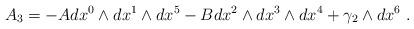
LaTeX: \begin{align*}A_{3}=-Adx^{0}\wedge dx^{1}\wedge dx^{5}-Bdx^{2}\wedge dx^{3}\wedge dx^{4}+\gamma_{2}\wedge dx^{6}\ .\end{align*}